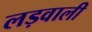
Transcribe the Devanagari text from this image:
लड़वाली